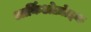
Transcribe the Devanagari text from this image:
आर्किओज़ोइक